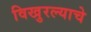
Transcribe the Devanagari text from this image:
विखुरल्याचे